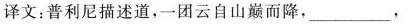
译文：普利尼描述道，一团云自山巅而降，___ ，